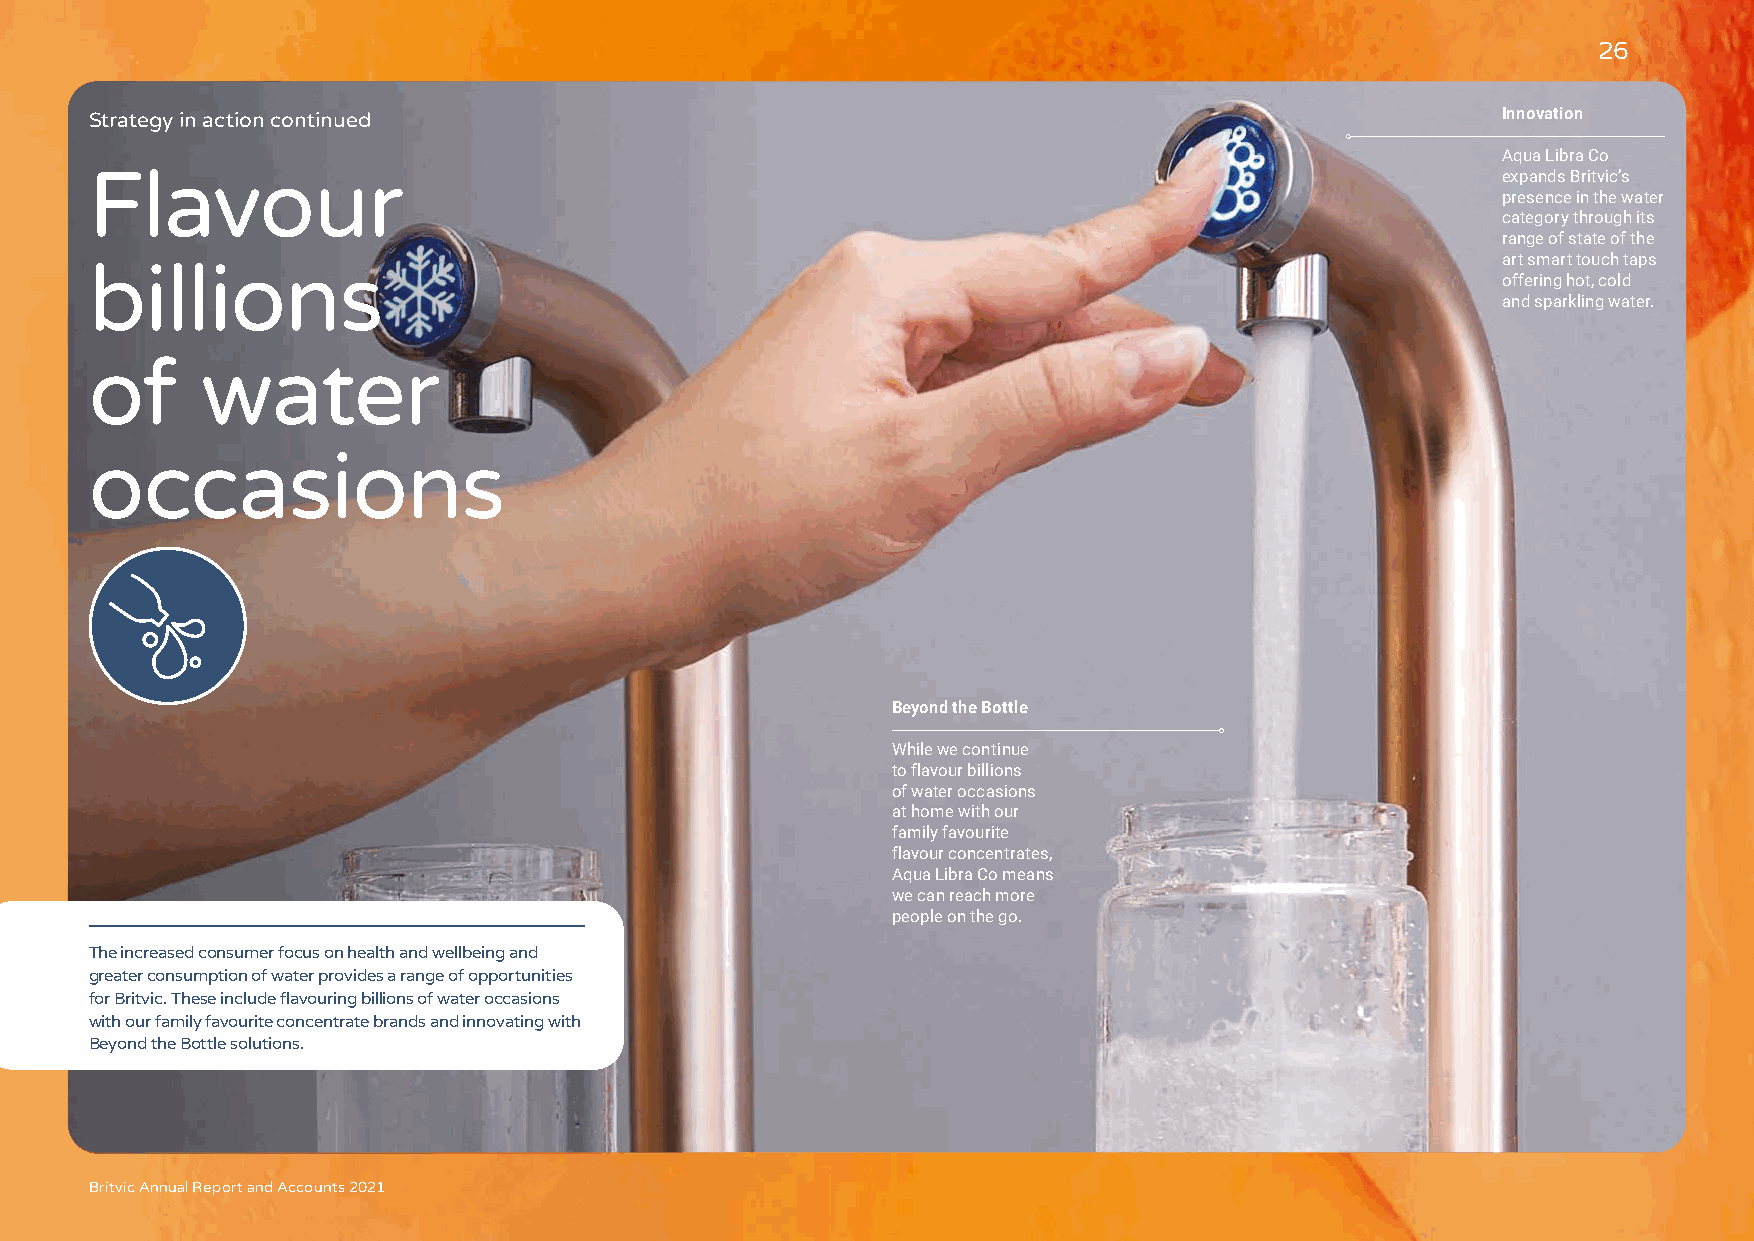
26
 Strategy in action continued                                                                 Innovation
 Aqua Libra Co
 Flavour                                                                                      expands Britvic’s
 presence in the water
 category through its
 range of state of the
 art smart touch taps
 billions
 offering hot, cold
 and sparkling water.
 of     water
 occasions
 Beyond the Bottle
 While we continue
 to flavour billions
 of water occasions
 at home with our
 family favourite
 flavour concentrates,
 Aqua Libra Co means
 we can reach more
 people on the go.
 The increased consumer focus on health and wellbeing and
 greater consumption of water provides a range of opportunities
 for Britvic. These include flavouring billions of water occasions
 with our family favourite concentrate brands and innovating with
 Beyond the Bottle solutions.
 Britvic Annual Report and Accounts 2021